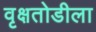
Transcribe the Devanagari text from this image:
वृक्षतोडीला